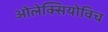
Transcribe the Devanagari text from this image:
ओलेक्सियोविच